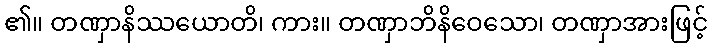
၏။ တဏှာနိဿယောတိ၊ ကား။ တဏှာဘိနိဝေသော၊ တဏှာအားဖြင့်